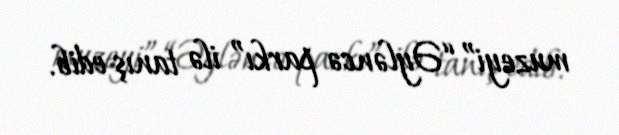
muzeyi” “Əyləncə parkı” ilə tanış edib.